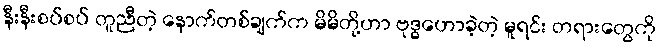
နီးနီးစပ်စပ် တူညီတဲ့ နောက်တစ်ချက်က မိမိတို့ဟာ ဗုဒ္ဓဟောခဲ့တဲ့ မူရင်း တရားတွေကို